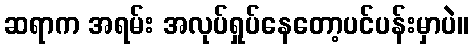
ဆရာက အရမ်း အလုပ်ရှုပ်နေတော့ပင်ပန်းမှာပဲ။